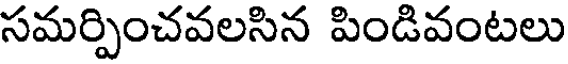
సమర్పించవలసిన పిండివంటలు